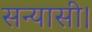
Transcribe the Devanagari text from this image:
सन्यासी।